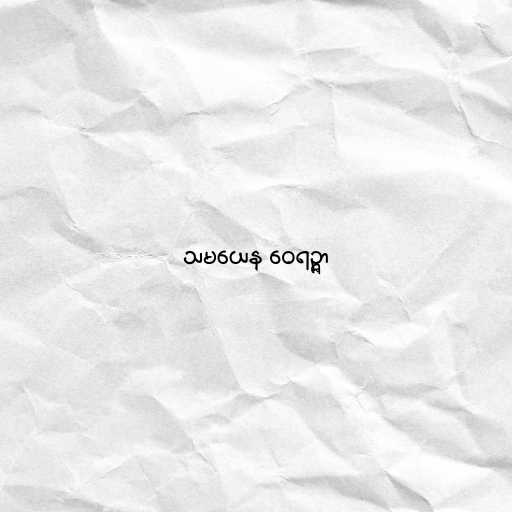
သမယေန ဝေရဉ္ဇာ